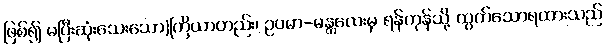
ဖြစ်၍ မပြီးဆုံးသေးသော)ကြိယာတည်း၊ ဥပမာ-မန္တလေးမှ ရန်ကုန်သို့ ထွက်သောရထားသည်